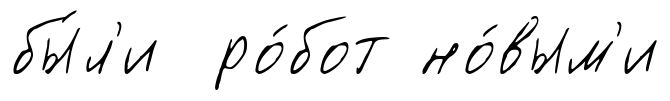
бы́л'и ро́бот но́вым'и